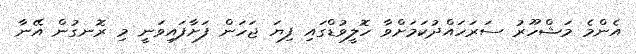
އެންމެ މަޝްހޫރު ސަރަހައްދުކަމަށްވާ ހޮލީވުޑްގައި ފިޔަ ޖަހަން ފަށާފައިވަނީ މި ރޮނގުން އޭނާ